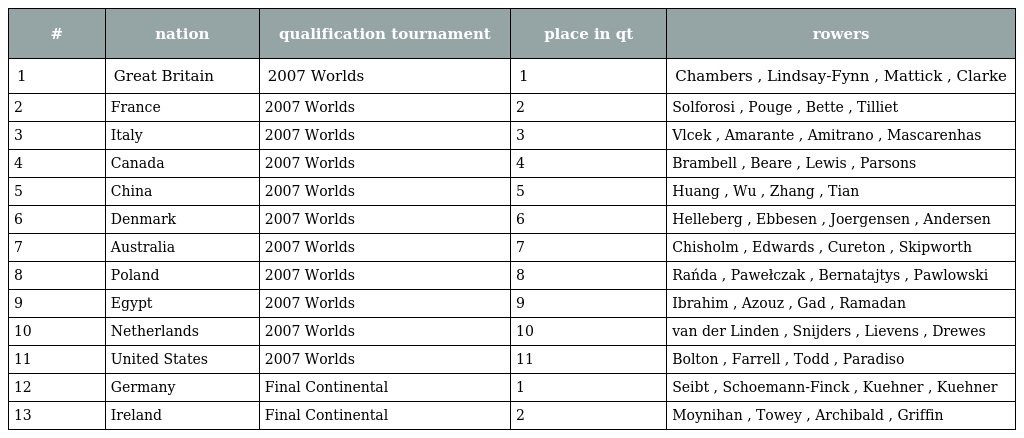
| # | nation | qualification tournament | place in qt | rowers |
 | --- | --- | --- | --- | --- |
 | 1 | Great Britain | 2007 Worlds | 1 | Chambers , Lindsay-Fynn , Mattick , Clarke |
 | 2 | France | 2007 Worlds | 2 | Solforosi , Pouge , Bette , Tilliet |
 | 3 | Italy | 2007 Worlds | 3 | Vlcek , Amarante , Amitrano , Mascarenhas |
 | 4 | Canada | 2007 Worlds | 4 | Brambell , Beare , Lewis , Parsons |
 | 5 | China | 2007 Worlds | 5 | Huang , Wu , Zhang , Tian |
 | 6 | Denmark | 2007 Worlds | 6 | Helleberg , Ebbesen , Joergensen , Andersen |
 | 7 | Australia | 2007 Worlds | 7 | Chisholm , Edwards , Cureton , Skipworth |
 | 8 | Poland | 2007 Worlds | 8 | Rańda , Pawełczak , Bernatajtys , Pawlowski |
 | 9 | Egypt | 2007 Worlds | 9 | Ibrahim , Azouz , Gad , Ramadan |
 | 10 | Netherlands | 2007 Worlds | 10 | van der Linden , Snijders , Lievens , Drewes |
 | 11 | United States | 2007 Worlds | 11 | Bolton , Farrell , Todd , Paradiso |
 | 12 | Germany | Final Continental | 1 | Seibt , Schoemann-Finck , Kuehner , Kuehner |
 | 13 | Ireland | Final Continental | 2 | Moynihan , Towey , Archibald , Griffin |